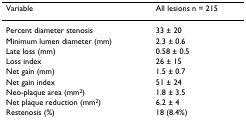
| Variable | All lesions n = 215 |
 | --- | --- |
 | Percent diameter stenosis | 33 ± 20 |
 | Minimum lumen diameter (mm) | 2.3 ± 0.6 |
 | Late loss (mm) | 0.58 ± 0.5 |
 | Loss index | 26 ± 15 |
 | Net gain (mm) | 1.5 ± 0.7 |
 | Net gain index | 51 ± 24 |
 | Neo-plaque area (mm2) | 1.8 ± 3.5 |
 | Net plaque reduction (mm2) | 6.2 ± 4 |
 | Restenosis (%) | 18 (8.4%) |